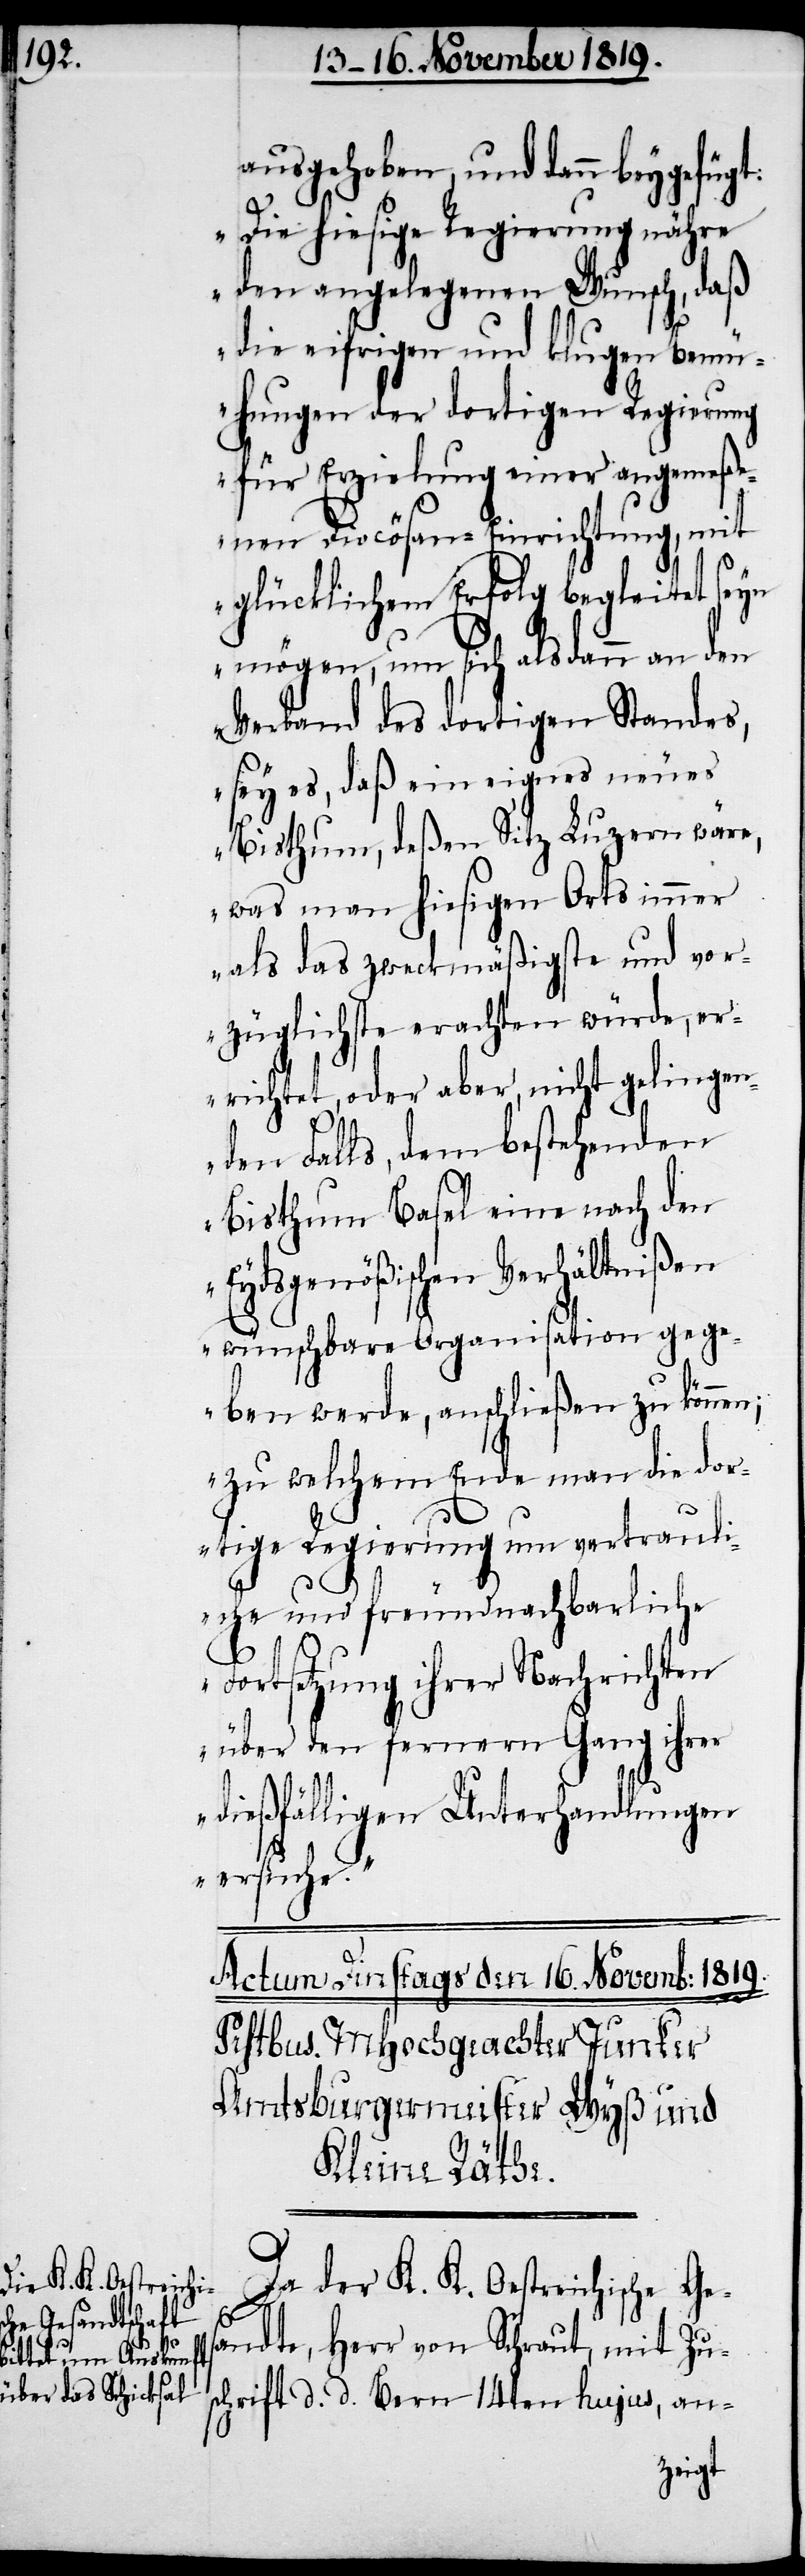
ausgehoben, und dann beygefügt:
„Die hiesige Regierung nähre
den angelegenen Wunsch, daß
die eifrigen und klugen Bemü¬
hungen der dortigen Regierung
für Erzielung einer angemeß¬
enen Diocösan-Einrichtung, mit
glücklichem Erfolg begleitet seyn
mögen, um sich als dann an den
Verband des dortigen Standes,
sey es, daß ein eignes neues
Bisthum, deßen Sitz Luzern wäre,
was man hiesigen Orts immer
als das zweckmäßigste und vor¬
züglichste erachten würde, er¬
richtet, oder aber, nicht gelingen¬
den Falls, dem bestehenden
Bisthum Basel eine nach den
Eydsgenößischen Verhältnißen
wünschbare Organisation geg¬
eben werde, anschließen zu können;
zu welchem Ende man die dor¬
tige Regierung um vertrauli¬
che und freundnachbarliche
Fortsetzung ihrer Nachrichten
über den fernern Gang ihrer
dießfälligen Unterhandlungen
ersuche.“
Da der K. K. Oestreichische Ges¬
andte, Herr von Schraut, mit Zus¬
chrift d. d. Bern 14ten hujus, an-